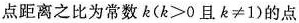
点距离之比为常数k($$k>0$$且$$k\neq 1$$)的点